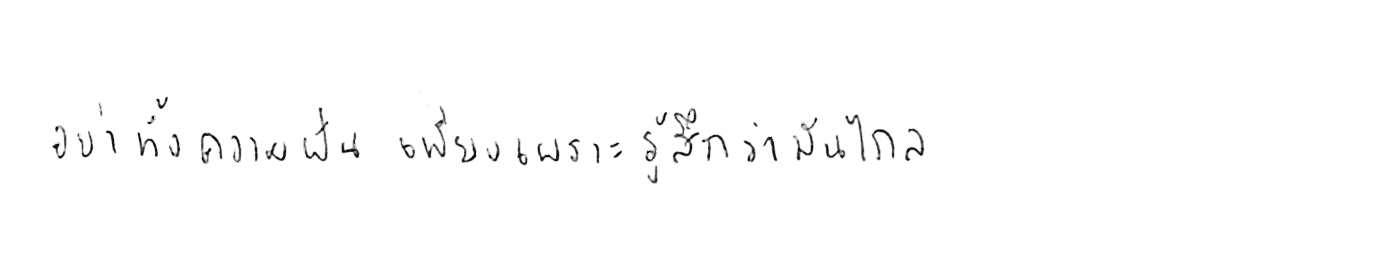
อย่าทิ้งความฝัน เพียงเพราะรู้สึกว่ามันไกล